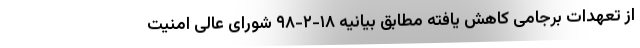
از تعهدات برجامی کاهش یافته مطابق بیانیه ۱۸-۲-۹۸ شورای عالی امنیت